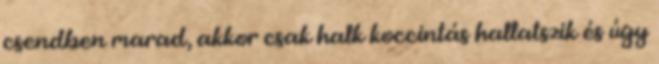
csendben marad, akkor csak halk koccintás hallatszik és úgy